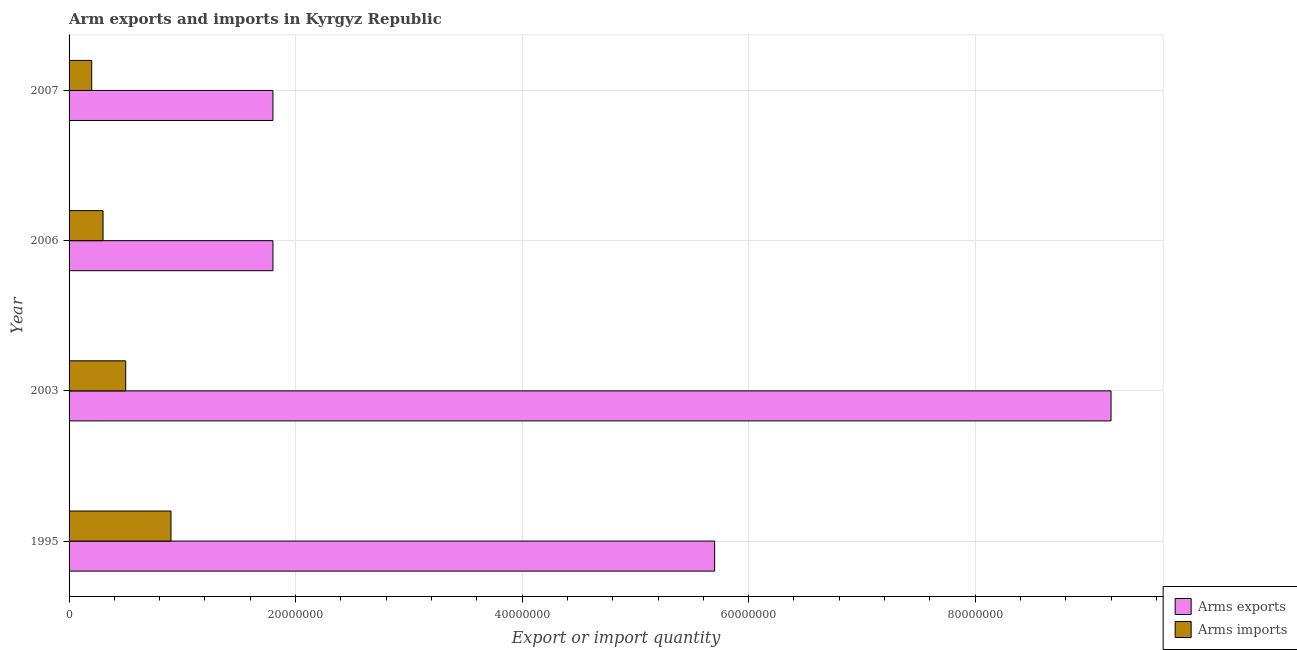
| Year | Arms exports | Arms imports |
 | --- | --- | --- |
 | 1995 | 5.7e+07 | 9e+06 |
 | 2003 | 9.2e+07 | 5e+06 |
 | 2006 | 1.8e+07 | 3e+06 |
 | 2007 | 1.8e+07 | 2e+06 |